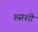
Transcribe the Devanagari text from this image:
रुसशी